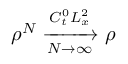
\rho ^ { N } \xrightarrow [ N \rightarrow \infty ] { C _ { t } ^ { 0 } L _ { x } ^ { 2 } } \rho